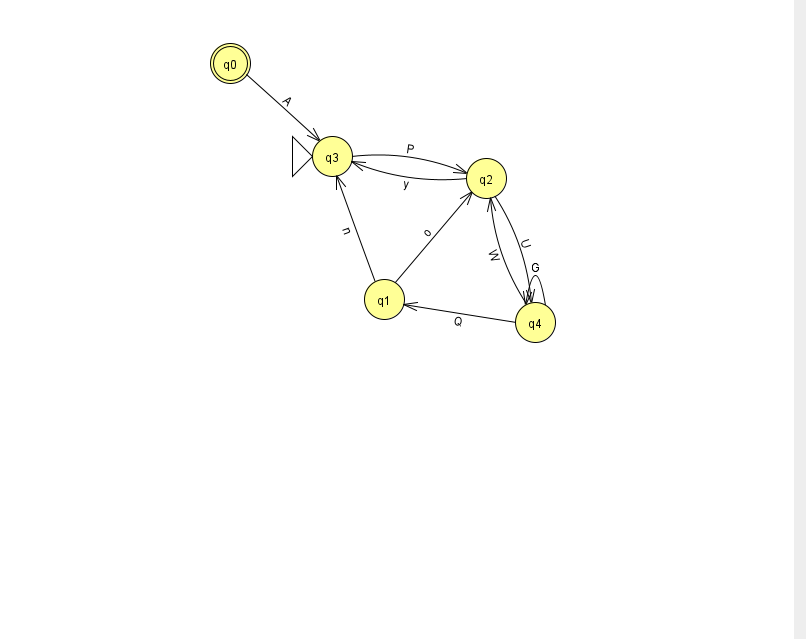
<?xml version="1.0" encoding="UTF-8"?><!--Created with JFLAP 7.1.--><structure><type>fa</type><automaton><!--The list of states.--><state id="0" name="q0"><x>230.0</x><y>50.0</y><final/></state><state id="1" name="q1"><x>384.0</x><y>286.0</y></state><state id="2" name="q2"><x>486.0</x><y>165.0</y></state><state id="3" name="q3"><x>332.0</x><y>143.0</y><initial/></state><state id="4" name="q4"><x>535.0</x><y>309.0</y></state><!--The list of transitions.--><transition><from>3</from><to>2</to><read>P</read></transition><transition><from>4</from><to>4</to><read>G</read></transition><transition><from>0</from><to>3</to><read>A</read></transition><transition><from>4</from><to>1</to><read>Q</read></transition><transition><from>1</from><to>3</to><read>n</read></transition><transition><from>4</from><to>2</to><read>W</read></transition><transition><from>1</from><to>2</to><read>o</read></transition><transition><from>2</from><to>3</to><read>y</read></transition><transition><from>2</from><to>4</to><read>U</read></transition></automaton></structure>